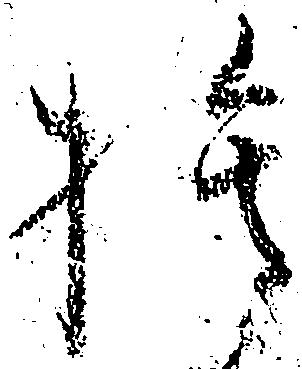
捨